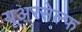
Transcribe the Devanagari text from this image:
यूअरसेल्फ